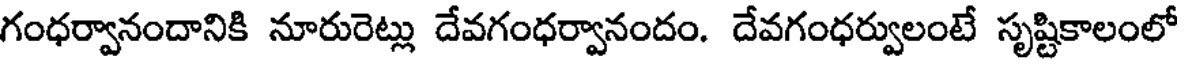
గంధర్వానందానికి నూరురెట్లు దేవగంధర్వానందం. దేవగంధర్వులంటే సృష్టికాలంలో